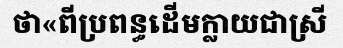
ថា«ពីប្រពន្ធដើមក្លាយជាស្រី